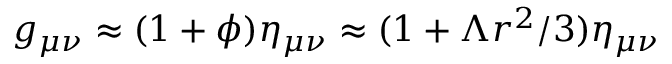
g _ { \mu \nu } \approx ( 1 + \phi ) \eta _ { \mu \nu } \approx { ( 1 + \Lambda r ^ { 2 } / 3 ) } \eta _ { \mu \nu }